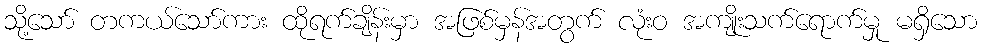
သို့သော် တကယ်သော်ကား ထိုရက်ချိန်းမှာ အဖြစ်မှန်အတွက် လုံးဝ အကျိုးသက်ရောက်မှု မရှိသော